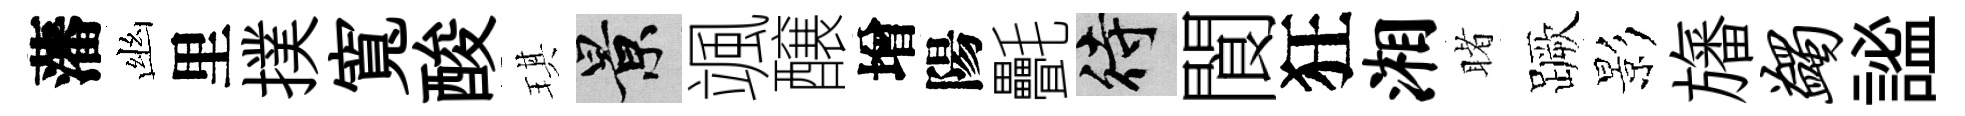
藩幽里撲寬酸琪景颯醸增陽㲲待閬狂湘睹蹶影旛蠲謐